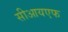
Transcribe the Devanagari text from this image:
सीआयएफ